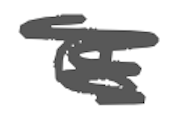
Text: a
Cross-out: scratch
Writing tool: digital_gray